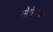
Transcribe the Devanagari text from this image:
सॉरोपॉड्स